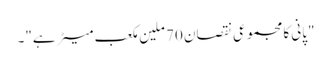
"پانی کا مجموعی نقصان 70 ملین مکعب میٹر ہے"۔